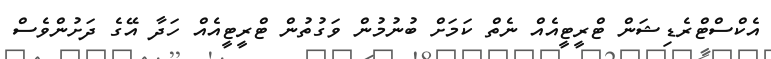
އެކްސްޓްރެޑިޝަން ޓްރީޓީއެއް ނެތް ކަމަށް ބުނުމުން ވަގުތުން ޓްރީޓީއެއް ހަދާ އޭގެ ދަށުންވެސް